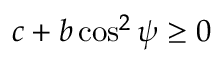
c + b \cos ^ { 2 } \psi \geq 0